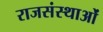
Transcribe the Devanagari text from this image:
राजसंस्थाओं